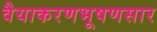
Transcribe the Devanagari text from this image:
वैयाकरणभूषणसार